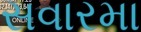
સવારમા